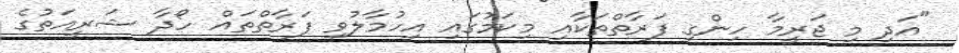
"އަދި މި ޖަރީމާ ހިންގި ފަރާތްތަކާއި މިކަމުގައި އިހުމާލުވި ފަރާތްތައް ހޯދާ ޝަރީއަތުގެ